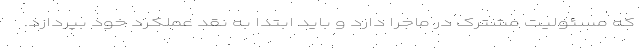
که مسئولیت مشترک در ماجرا دارد و باید ابتدا به نقد عملکرد خود بپردازد.